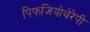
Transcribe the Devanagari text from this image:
पिफजियोथेरेपी